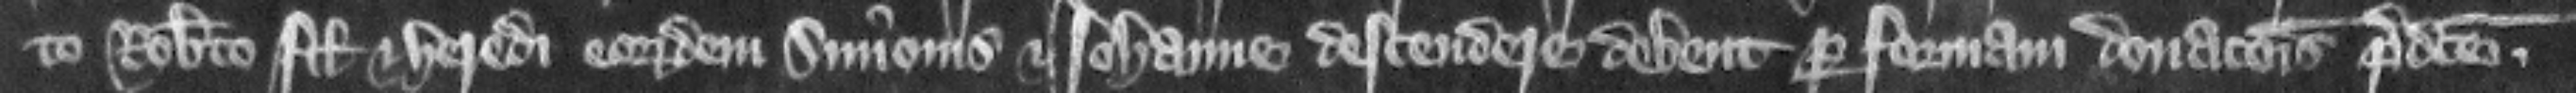
to Roberto filio et heredi eorundem Simonis et Iohanne descendere debent per formam donacionis predicte.